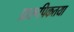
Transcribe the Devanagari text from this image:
प्रारूपिकतया